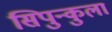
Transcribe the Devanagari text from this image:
सिपुन्कुला